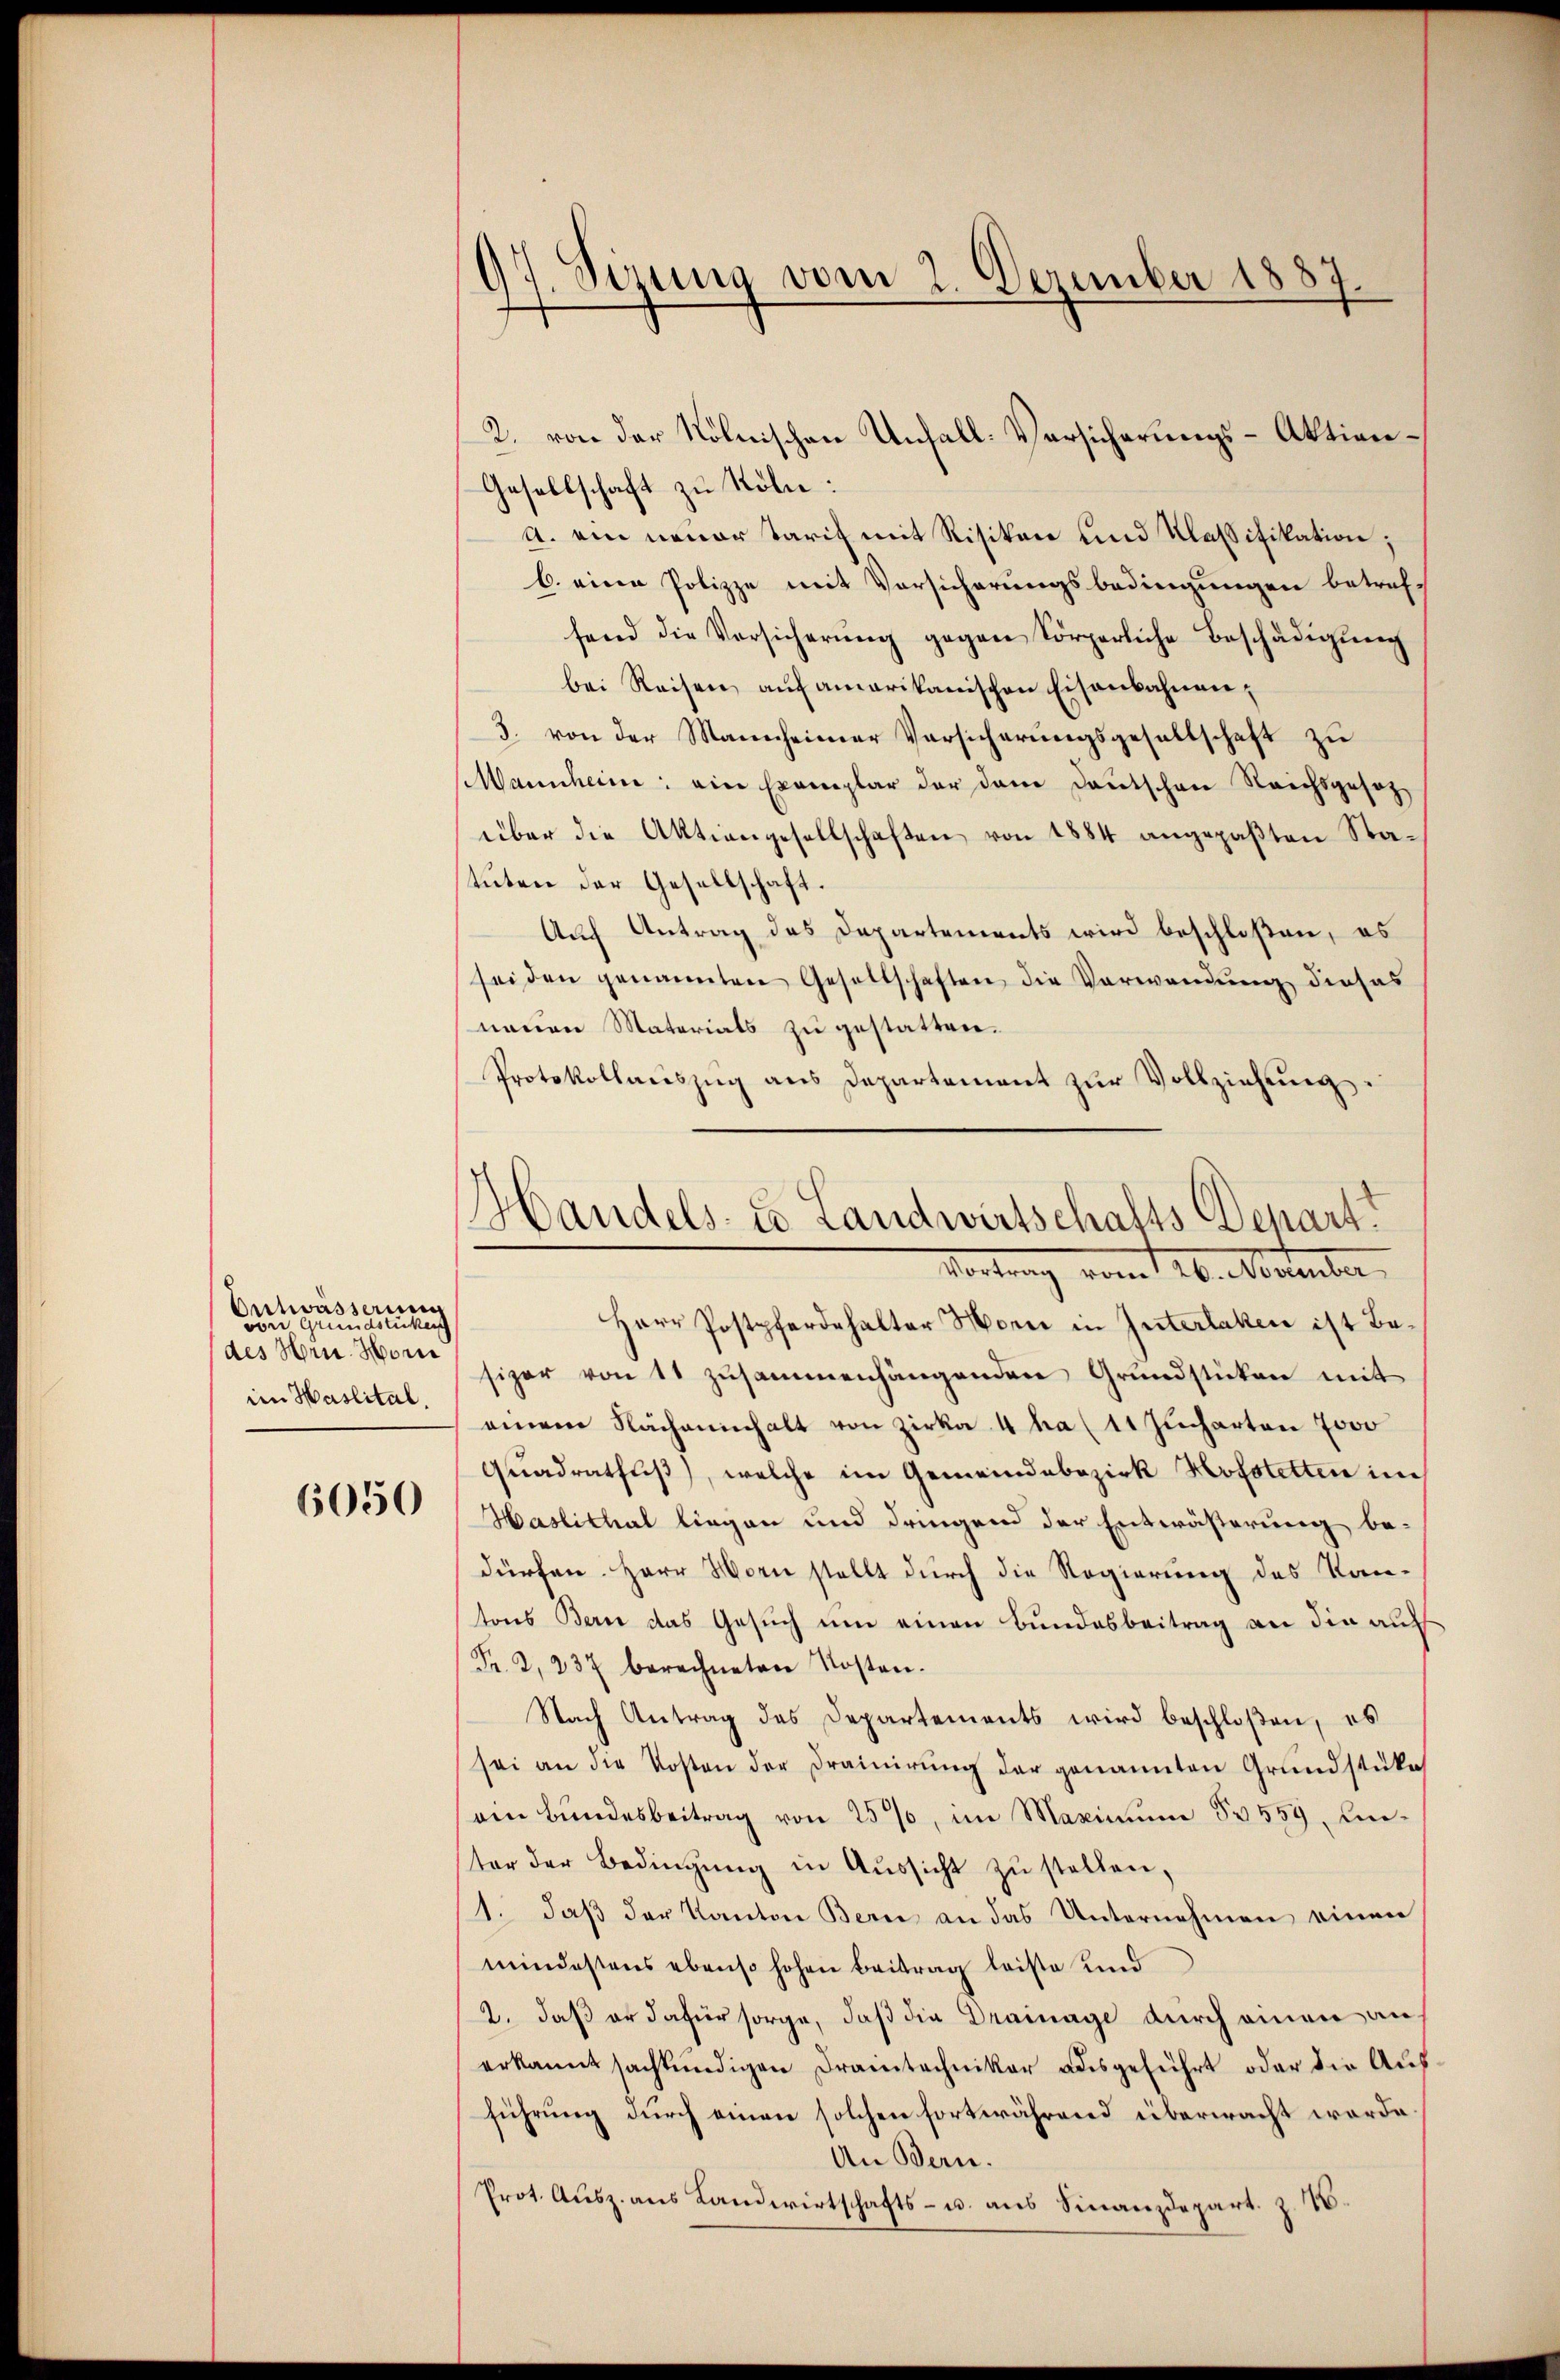
Ontwässerung
undstücken
von
c
des Hrn. Horne
im Haslital.

6050

97. Sizung vom 2. Dezember 1887.

Gesellschaft zu Röln:
A. ein neuer Tarif mit Risikon und Klassifikation;
b. eine Polizze mit Vorsicherungsbedingungen betref-
fend die Versicherŭng gegen körperliche Beschädigŭng
bei Reisen auf amerikanischen Eisenbahnen;
3. von der Mannheimer Vorsicherungsgesellschaft zu
Mannheim: ein Exemplar der dem Deutschen Reichsgesetzüber die Aktiengesellschaften von 1884 angepaßten Statuten der Gesellschaft.
Auch Antrag des Departements wird beschloßen, es
sei den genannten Gesellschaften die Verwendung dieses
neuen Materials zu gestatten.
Protokollauszug aus Departement zŭr Vollziehung.
Herr Postpferdehalter Horn in Interlaken ist Besizer von 11 zusammenhängenden Grundstücken mit
einem Nachaninhalt von Zirka 4 ha ( 11 Jucharten 7000
Quadratfuß, welche im Gemeindebezirk Hofstetten in
Haslithal liegen und dringend der Entwästerung be-
dürfen. Herr Morie stellt durch die Regierung des Kantons Bern das Gesuch um einen Bundesbeitrag an die auf
Fr. 2, 237 berechneten Kosten.
Nach Antrag des Departements wird beschloßen, es
sei an die Kosten der Drainirung der genannten Grundstüke
am Bundesbeitrag von 25%, im Maximum § 559, unter der Bedingŭng in Aŭssicht zŭ stellen,
1. daβ der Kanton Bern an das Unternehmen einen
mindestens ebenso hohen Beitrag leiste und
2. daß er dafür sorge, daß die Drainage durch einen auf
erkannt sachkundigen Drantechniker ausgeführt oder die Ausführung durch einen solchen fortwährend überwacht worde
An Bern.
Prot. Ausz. aus Landwirtschafts- u. aus Finanzdepart. z. B.

2. von der Kölnischen Unfall-Versicherungs-Aktien¬

Handels- u Landwirtschafts-Depart.
Vortrag vom 26. Nestenber